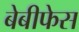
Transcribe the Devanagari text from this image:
बेबीफेस